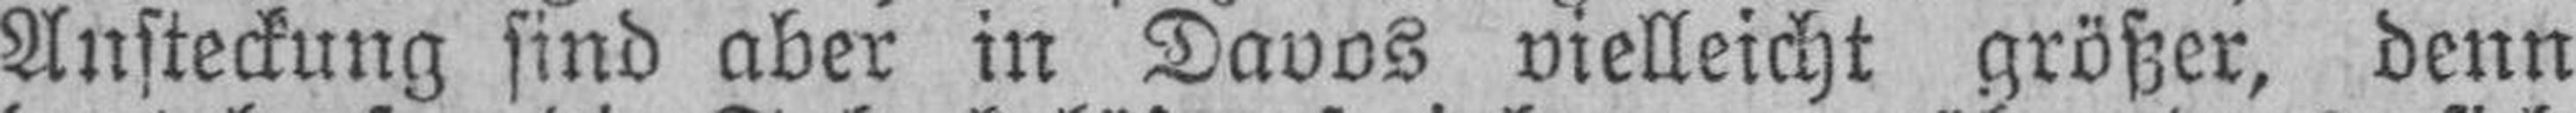
Ansteckung sind aber in Davos vielleicht größer, denn